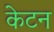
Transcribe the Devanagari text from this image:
केटन